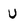
Character: U